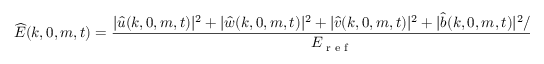
\widehat { E } ( k , 0 , m , t ) = \frac { | \hat { u } ( k , 0 , m , t ) | ^ { 2 } + | \hat { w } ( k , 0 , m , t ) | ^ { 2 } + | \hat { v } ( k , 0 , m , t ) | ^ { 2 } + | \hat { b } ( k , 0 , m , t ) | ^ { 2 } / N ^ { 2 } } { E _ { \textnormal { r e f } } }